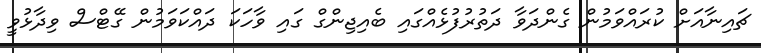
ޗައިނާއަށް ކުރައްވަމުން ގެންދަވާ ދަތުރުފުޅެއްގައި ބެއިޖިންގް ގައި ވާހަކަ ދައްކަވަމުން ގޭޓްސް ވިދާޅުވީ